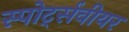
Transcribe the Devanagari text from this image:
स्पोर्ट्सवीयर